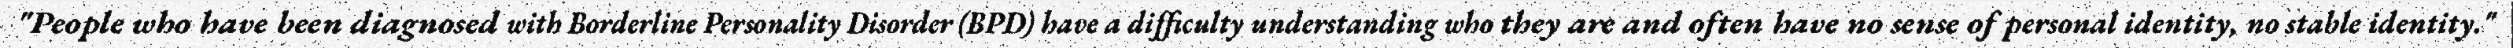
"People who have been diagnosed with Borderline Personality Disorder (BPD) have a difficulty understanding who they are and often have no sense of personal identity, no stable identity."